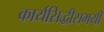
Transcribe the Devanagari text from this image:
कार्यसिद्धीसमयी